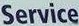
Service